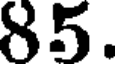
85.